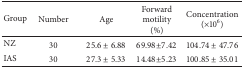
| Group | Number | Age | Forward motility (%) | Concentration (×106) |
 | --- | --- | --- | --- | --- |
 | NZ | 30 | 25.6 ± 6.88 | 69.98 ± 7.42 | 104.74 ± 47.76 |
 | IAS | 30 | 27.3 ± 5.33 | 14.48 ± 5.23 | 100.85 ± 35.01 |